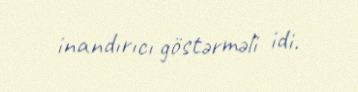
inandırıcı göstərməli idi.